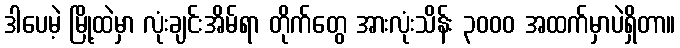
ဒါပေမဲ့ မြို့ထဲမှာ လုံးချင်းအိမ်ရာ တိုက်တွေ အားလုံးသိန်း ၃၀၀၀ အထက်မှာပဲရှိတာ။